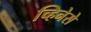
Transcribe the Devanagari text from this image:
च्हिनेसे